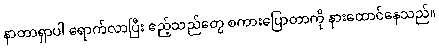
နာတာရှာပါ ရောက်လာပြီး ဧည့်သည်တွေ စကားပြောတာကို နားထောင်နေသည်။